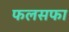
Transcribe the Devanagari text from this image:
फलसफा